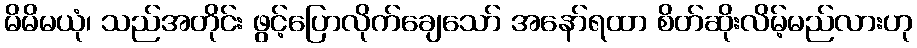
မိမိမယုံ၊ သည်အတိုင်း ဖွင့်ပြောလိုက်ချေသော် အနော်ရထာ စိတ်ဆိုးလိမ့်မည်လားဟု